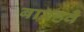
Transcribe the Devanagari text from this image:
बारहवेँ